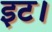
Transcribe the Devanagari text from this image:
इट।